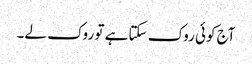
آج کوئی روک سکتا ہے تو روک لے۔